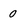
Character: 0